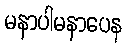
မနာပါမနာပေန